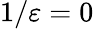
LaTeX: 1/\varepsilon=0